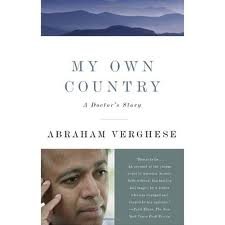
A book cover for My Own Country: A Doctor's Story; Abraham Verghese; Health, Fitness & Dieting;